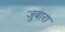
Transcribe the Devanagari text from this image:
जुबारा